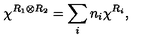
\chi ^ { R _ { 1 } \otimes R _ { 2 } } = \sum _ { i } n _ { i } \chi ^ { R _ { i } } ,